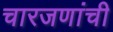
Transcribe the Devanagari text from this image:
चारजणांची